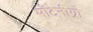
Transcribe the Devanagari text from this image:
मॉटेनीग्रो